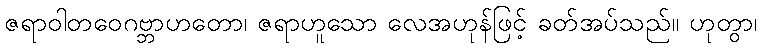
ဇရာဝါတဝေဂဗ္ဘာဟတော၊ ဇရာဟူသော လေအဟုန်ဖြင့် ခတ်အပ်သည်။ ဟုတွာ၊